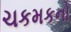
ચકમકનો